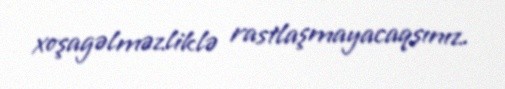
xoşagəlməzliklə rastlaşmayacaqsınız.